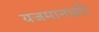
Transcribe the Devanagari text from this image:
यजमानघरी